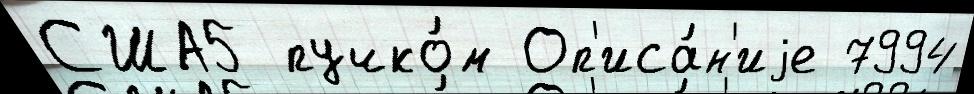
США5 пучко́м Оп'иса́н'иjе 7994